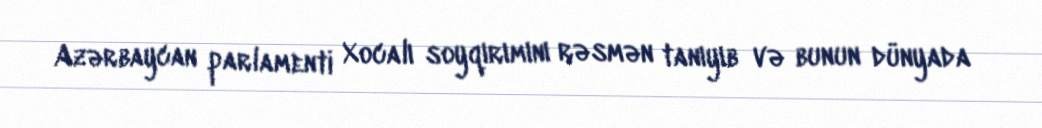
Azərbaycan parlamenti Xocalı soyqırımını rəsmən tanıyıb və bunun dünyada